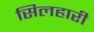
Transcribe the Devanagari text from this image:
सिलहारी